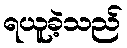
ရယူခဲ့သည်